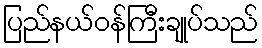
ပြည်နယ်ဝန်ကြီးချုပ်သည်